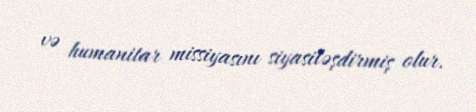
və humanitar missiyasını siyasiləşdirmiş olur.